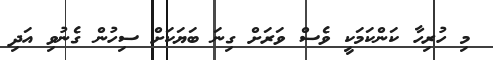
މި ހުރިހާ ކަންކަމަކީ ވެސް ވަރަށް ގިނަ ބަޔަކަށް ސިހުން ގެނުވި އަދި